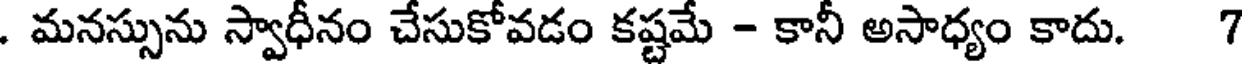
. మనస్సును స్వాధీనం చేసుకోవడం కష్టమే - కానీ అసాధ్యం కాదు. 7